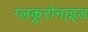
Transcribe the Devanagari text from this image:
ग्लकूरोनाइड